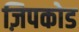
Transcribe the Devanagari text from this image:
ज़िपकोड